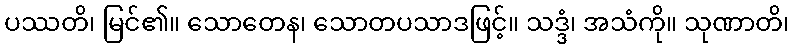
ပဿတိ၊ မြင်၏။ သောတေန၊ သောတပသာဒဖြင့်။ သဒ္ဒံ၊ အသံကို။ သုဏာတိ၊